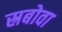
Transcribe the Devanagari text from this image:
स्रबोवा